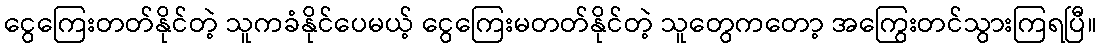
ငွေကြေးတတ်နိုင်တဲ့ သူကခံနိုင်ပေမယ့် ငွေကြေးမတတ်နိုင်တဲ့ သူတွေကတော့ အကြွေးတင်သွားကြရပြီ။